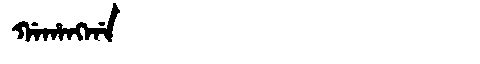
Manchu: ᡤᠠᡥᠠᠩᡤᠠ
Romanization: GAHANGGA